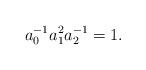
LaTeX: \begin{align*} a_0^{-1} a_1^2 a_2^{-1} =1.\end{align*}